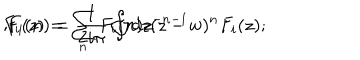
LaTeX: F _ { i } ( z ) = \sum _ { n } F _ { i } ( n ) z ^ { - n - 1 } \hspace { 5 m m } ; \hspace { 5 m m } F _ { i } ( n ) = \frac { 1 } { 2 i \pi } \oint { d z ( z - w ) ^ { n } F _ { i } ( z ) } ;